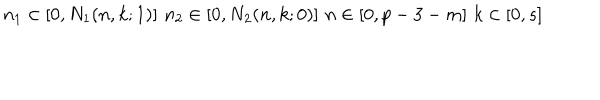
LaTeX: n _ { 1 } \in [ 0 , N _ { 1 } ( n , k ; 1 ) ] \, \, n _ { 2 } \in [ 0 , N _ { 2 } ( n , k ; 0 ) ] \, \, n \in [ 0 , p - 3 - m ] \, \, k \in [ 0 , s ]